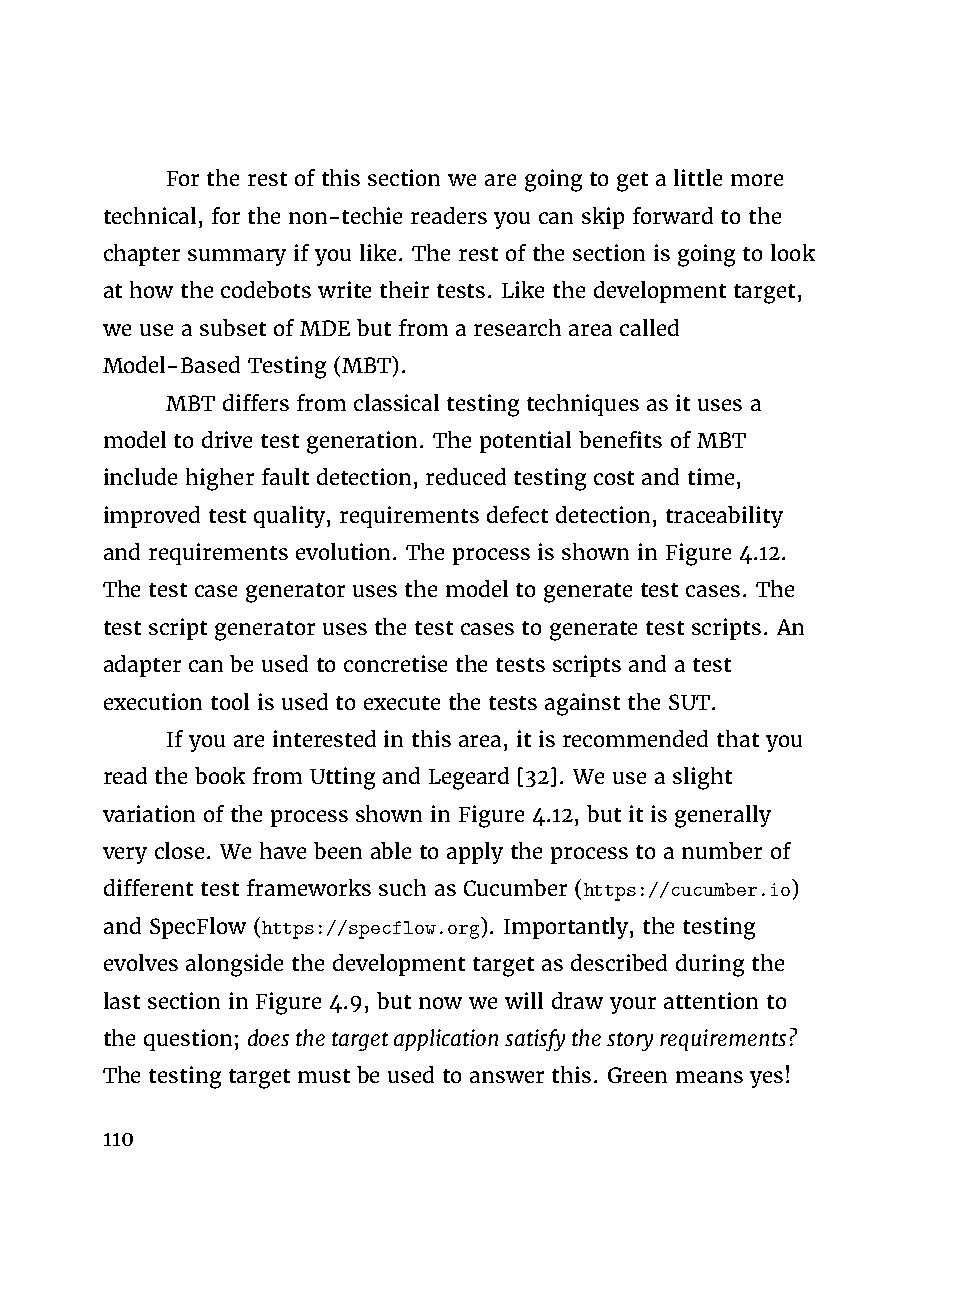
For the rest of this section we are going to get a little more
 technical, for the non-techie readers you can skip forward to the
 chapter summary if you like. The rest of the section is going to look
 at how the codebots write their tests. Like the development target,
 we use a subset of MDE but from a research area called
 Model-Based Testing (MBT).
 MBT differs from classical testing techniques as it uses a
 model to drive test generation. The potential benefits of MBT
 include higher fault detection, reduced testing cost and time,
 improved test quality, requirements defect detection, traceability
 and requirements evolution. The process is shown in Figure 4.12.
 The test case generator uses the model to generate test cases. The
 test script generator uses the test cases to generate test scripts. An
 adapter can be used to concretise the tests scripts and a test
 execution tool is used to execute the tests against the SUT.
 If you are interested in this area, it is recommended that you
 read the book from Utting and Legeard [32]. We use a slight
 variation of the process shown in Figure 4.12, but it is generally
 very close. We have been able to apply the process to a number of
 different test frameworks such as Cucumber (https://cucumber.io)
 and SpecFlow (https://specflow.org). Importantly, the testing
 evolves alongside the development target as described during the
 last section in Figure 4.9, but now we will draw your attention to
 the question; doesthetargetapplicationsatisfythestoryrequirements?
 The testing target must be used to answer this. Green means yes!
 110